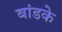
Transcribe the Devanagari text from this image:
बांडके